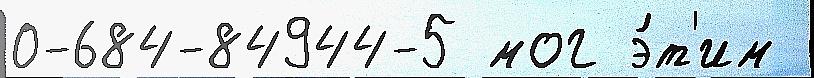
0-684-84944-5 мог э́т'им